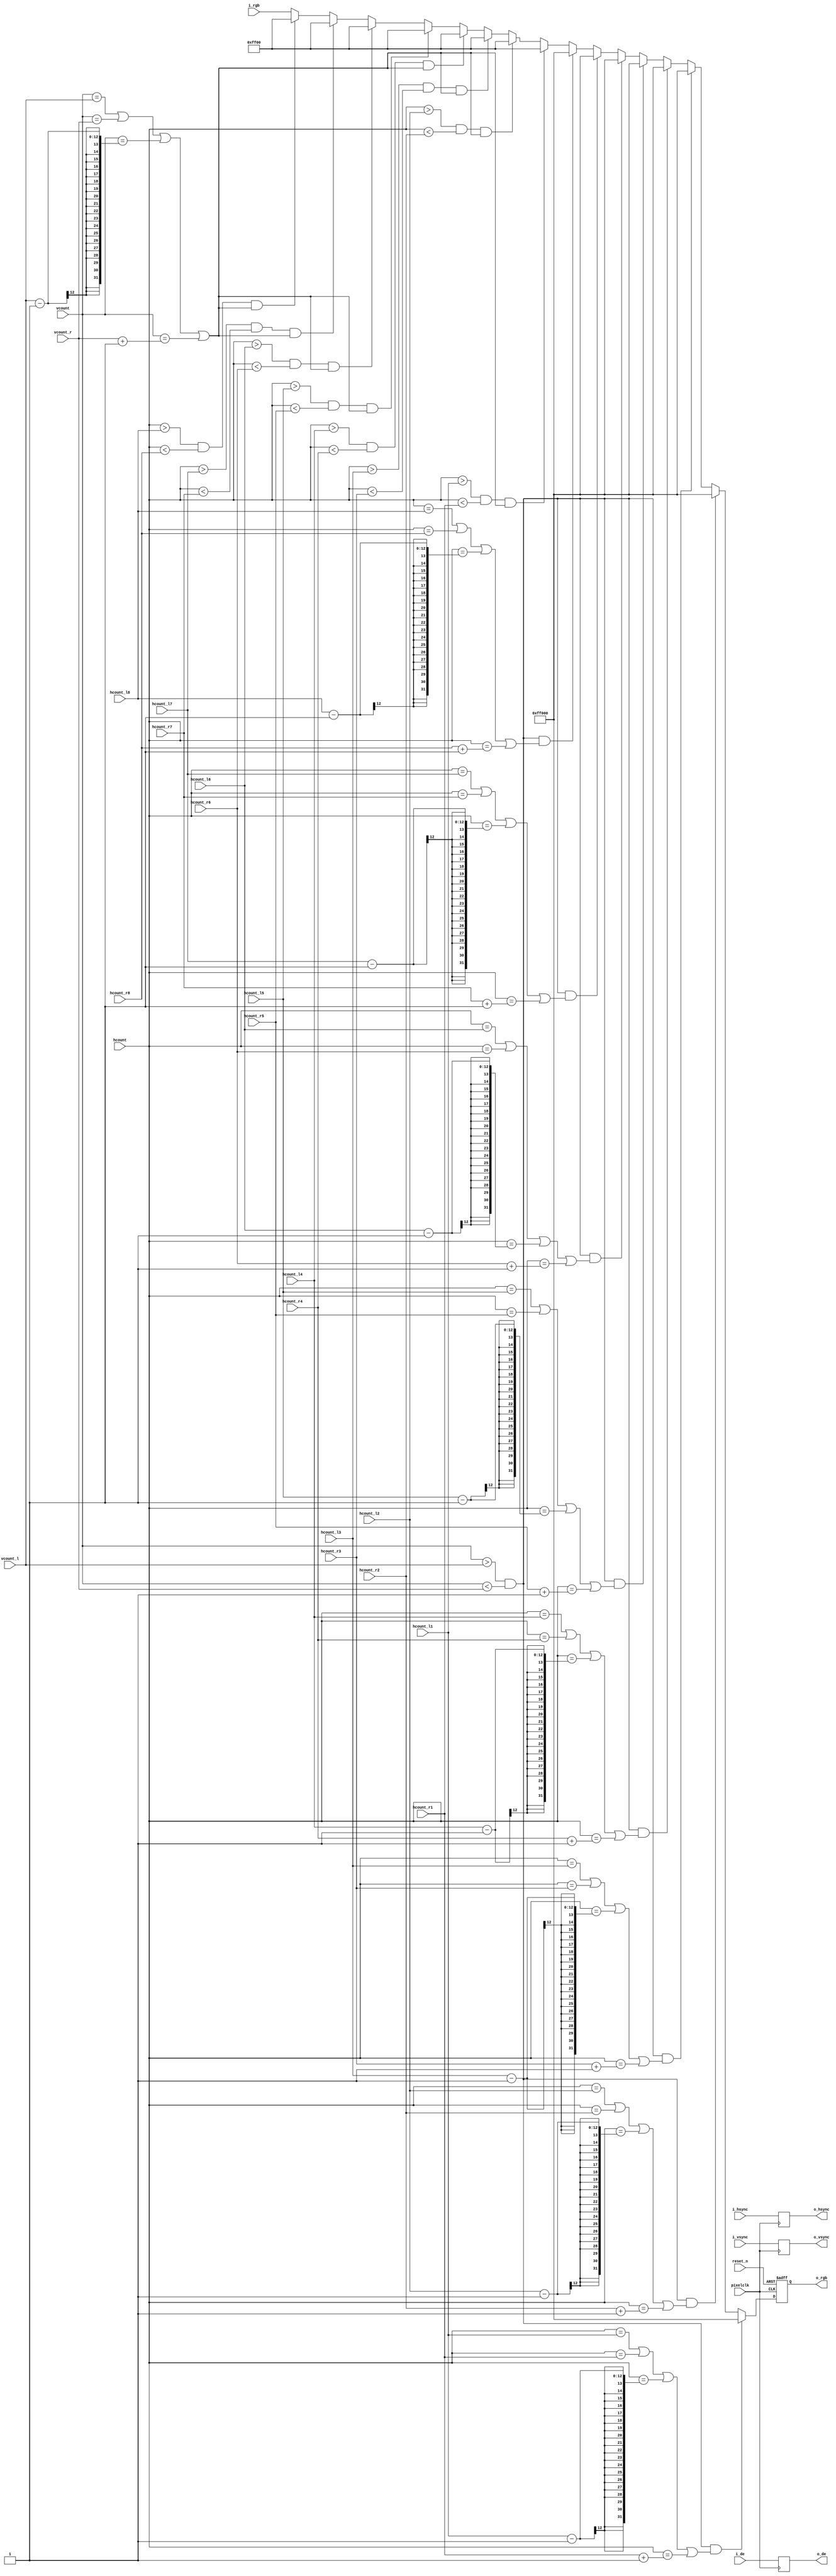

module display(
       input						    pixelclk,
	   input                            reset_n,

  	   input          [23:0]            i_rgb,
	   input						    i_hsync,
	   input							i_vsync,
	   input							i_de,
	   
	   input [11:0]                     hcount,
       input [11:0]                     vcount,
	   
	   input            [11:0]          hcount_l1,
       input            [11:0]          hcount_r1,
	   input            [11:0]          hcount_l2,
       input            [11:0]          hcount_r2,
	   input            [11:0]          hcount_l3,
       input            [11:0]          hcount_r3,
	   input            [11:0]          hcount_l4,
       input            [11:0]          hcount_r4,
	   input            [11:0]          hcount_l5,
       input            [11:0]          hcount_r5,
	   input            [11:0]          hcount_l6,
       input            [11:0]          hcount_r6,
	   input            [11:0]          hcount_l7,
       input            [11:0]          hcount_r7,
	   input            [11:0]          hcount_l8,
       input            [11:0]          hcount_r8,
       input            [11:0]          vcount_l,
       input            [11:0]          vcount_r,
	   
       output         [23:0]            o_rgb,
	   output							o_hsync,
	   output							o_vsync,                                                                                                  
	   output						    o_de                                                                                               
	   );
 
reg	   [23:0]             rgb_r;	
reg                       hsync_r;
reg                       vsync_r;
reg                       de_r;
       
always @(posedge pixelclk) begin
  hsync_r <= i_hsync;
  vsync_r <= i_vsync;
  de_r    <= i_de;
end

assign o_hsync = hsync_r;
assign o_vsync = vsync_r;
assign o_de    = de_r;
assign o_rgb   = rgb_r;  

always @(posedge pixelclk or negedge reset_n) begin
  if(!reset_n) 
    rgb_r <= 24'h00000;
  else if (vcount > vcount_l && vcount < vcount_r && ( hcount == hcount_l1 || hcount == hcount_r1 || hcount == (hcount_l1 -1) || hcount == (hcount_r1+1)))
    rgb_r <= 24'hff000;
  else if (vcount > vcount_l && vcount < vcount_r && ( hcount == hcount_l2 || hcount == hcount_r2 || hcount == (hcount_l2 -1) || hcount == (hcount_r2+1)))
    rgb_r <= 24'hff000;
  else if (vcount > vcount_l && vcount < vcount_r && ( hcount == hcount_l3 || hcount == hcount_r3 || hcount == (hcount_l3 -1) || hcount == (hcount_r3+1)))
    rgb_r <= 24'hff000;
  else if (vcount > vcount_l && vcount < vcount_r && ( hcount == hcount_l4 || hcount == hcount_r4 || hcount == (hcount_l4 -1) || hcount == (hcount_r4+1)))
    rgb_r <= 24'hff000;
  else if (vcount > vcount_l && vcount < vcount_r && ( hcount == hcount_l5 || hcount == hcount_r5 || hcount == (hcount_l5 -1) || hcount == (hcount_r5+1)))
    rgb_r <= 24'hff000;
  else if (vcount > vcount_l && vcount < vcount_r && ( hcount == hcount_l6 || hcount == hcount_r6 || hcount == (hcount_l6 -1) || hcount == (hcount_r6+1)))
    rgb_r <= 24'hff000;
  else if (vcount > vcount_l && vcount < vcount_r && ( hcount == hcount_l7 || hcount == hcount_r7 || hcount == (hcount_l7 -1) || hcount == (hcount_r7+1)))
    rgb_r <= 24'hff000;
  else if (vcount > vcount_l && vcount < vcount_r && ( hcount == hcount_l8 || hcount == hcount_r8 || hcount == (hcount_l8 -1) || hcount == (hcount_r8+1)))
    rgb_r <= 24'hff000;
  else if (hcount > hcount_l1 && hcount < hcount_r1 && (vcount== vcount_l || vcount== vcount_r || vcount==( vcount_l - 1) || vcount== (vcount_r + 1)))
    rgb_r <= 24'hff00;
  else if (hcount > hcount_l2 && hcount < hcount_r2 && (vcount== vcount_l || vcount== vcount_r || vcount==( vcount_l - 1) || vcount== (vcount_r + 1)))
    rgb_r <= 24'hff00;
  else if (hcount > hcount_l3 && hcount < hcount_r3 && (vcount== vcount_l || vcount== vcount_r || vcount==( vcount_l - 1) || vcount== (vcount_r + 1)))
    rgb_r <= 24'hff00;
  else if (hcount > hcount_l4 && hcount < hcount_r4 && (vcount== vcount_l || vcount== vcount_r || vcount==( vcount_l - 1) || vcount== (vcount_r + 1)))
    rgb_r <= 24'hff00;
  else if (hcount > hcount_l5 && hcount < hcount_r5 && (vcount== vcount_l || vcount== vcount_r || vcount==( vcount_l - 1) || vcount== (vcount_r + 1)))
    rgb_r <= 24'hff00;
  else if (hcount > hcount_l6 && hcount < hcount_r6 && (vcount== vcount_l || vcount== vcount_r || vcount==( vcount_l - 1) || vcount== (vcount_r + 1)))
    rgb_r <= 24'hff00;
  else if (hcount > hcount_l7 && hcount < hcount_r7 && (vcount== vcount_l || vcount== vcount_r || vcount==( vcount_l - 1) || vcount== (vcount_r + 1)))
    rgb_r <= 24'hff00;
  else if (hcount > hcount_l8 && hcount < hcount_r8 && (vcount== vcount_l || vcount== vcount_r || vcount==( vcount_l - 1) || vcount== (vcount_r + 1)))
    rgb_r <= 24'hff00;
  else
    rgb_r <= i_rgb;
end 

endmodule